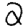
Digit: 2